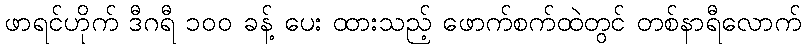
ဖာရင်ဟိုက် ဒီဂရီ ၁၀၀ ခန့် ပေး ထားသည့် ဖောက်စက်ထဲတွင် တစ်နာရီလောက်